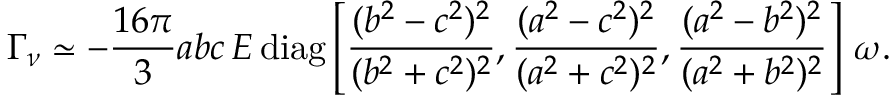
\boldsymbol { \Gamma } _ { \nu } \simeq - \frac { 1 6 \pi } { 3 } a b c \, E \, \mathrm { d i a g } \left[ \frac { ( b ^ { 2 } - c ^ { 2 } ) ^ { 2 } } { ( b ^ { 2 } + c ^ { 2 } ) ^ { 2 } } , \frac { ( a ^ { 2 } - c ^ { 2 } ) ^ { 2 } } { ( a ^ { 2 } + c ^ { 2 } ) ^ { 2 } } , \frac { ( a ^ { 2 } - b ^ { 2 } ) ^ { 2 } } { ( a ^ { 2 } + b ^ { 2 } ) ^ { 2 } } \right] \, \boldsymbol { \omega } .